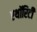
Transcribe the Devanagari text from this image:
एथॉरिटी